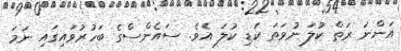
އަންނަ ރަތް ކުލަ ނުވަތަ ކަޑި ކުލަ އެވެ. ސައެންސްގެ ބަހުރުވައިގައި ނަމަ